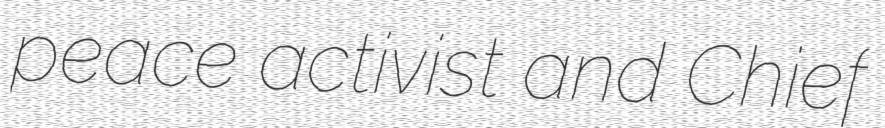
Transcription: peace activist and Chief